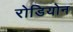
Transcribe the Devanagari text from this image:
रोडियोन